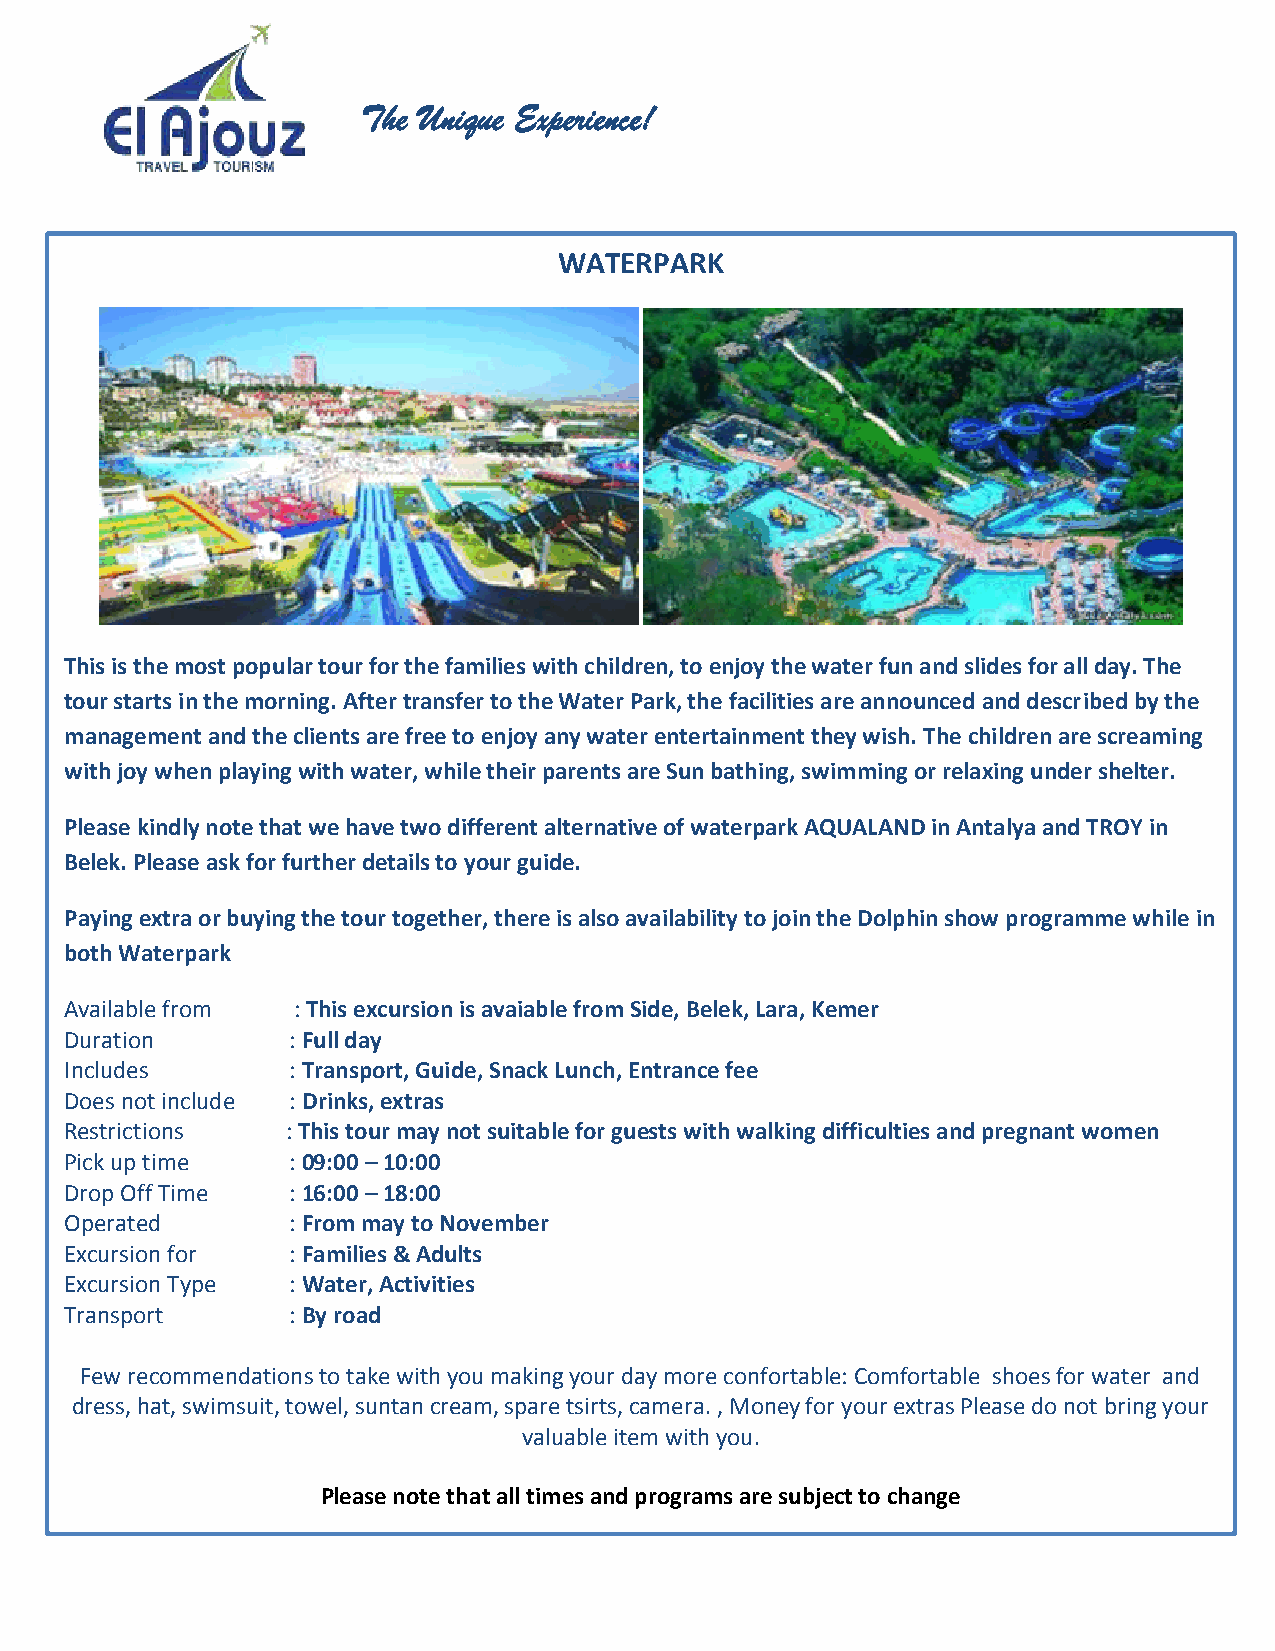
The Unique Experience!
 WATERPARK
 This is the most popular tour for the families with children, to enjoy the water fun and slides for all day. The
 tour starts in the morning. After transfer to the Water Park, the facilities are announced and described by the
 management and the clients are free to enjoy any water entertainment they wish. The children are screaming
 with joy when playing with water, while their parents are Sun bathing, swimming or relaxing under shelter.
 Please kindl y note that we have two different alternative of waterpark AQUALAND in Antalya and TROY in
 Belek. Please ask for further details to your guide.
 Paying extra or buying the tour together, there is also availability to join the Dolphin show programme while in
 both Waterpark
 Available from : This excursion is avaiable from Side, Belek, Lara, Kemer
 Duration       : Full day
 Includes       : Transport, Guide, Snack Lunch, Entrance fee
 Does not include : Drinks, extras
 Restrictions   : This tour may not suitable for guests with walking difficulties and pregnant women
 Pick up time   : 09:00 – 10:00
 Drop Off Tim e : 16:00 – 18:00
 Operated       : From may to November
 Excursion for  : Families & Adults
 Excursion Type : Water, Activities
 Transport      : By road
 Few recommendations to take with you making your day more confortable: Comfortable shoes for water and
 dress, hat, swimsuit, towel, suntan cream, spare tsirts, camera. , Money for your extras Please do not bring your
 valuable item with you.
 Please note that all times and programs are subject to change